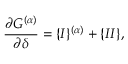
\frac { \partial G ^ { ( \alpha ) } } { \partial \delta } = \{ I \} ^ { ( \alpha ) } + \{ I I \} ,